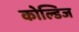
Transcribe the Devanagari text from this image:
कोल्डिज